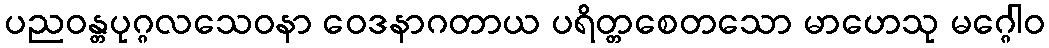
ပညဝန္တပုဂ္ဂလသေဝနာ ဝေဒနာဂတာယ ပရိတ္တစေတသော မာဟေသု မဂ္ဂေါဝ